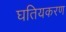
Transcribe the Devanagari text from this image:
घतियकरण